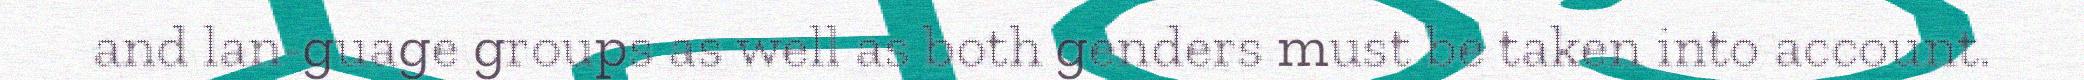
and lan-guage groups as well as both genders must be taken into account.